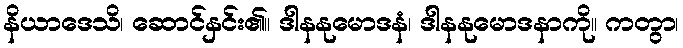
နိယာဒေသိ၊ ဆောင်နှင်း၏။ ဒါနနုမောဒနံ၊ ဒါနနုမောဒနာကို။ ကတွာ၊